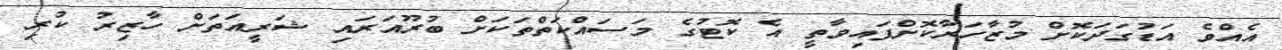
އެއްވެ އަޑުގަދަކޮށް މުޒާހަރާކޮށްފައިވާތީ އެ ކޮޓުގެ މަސައްކަތްތަކަށް ބުރޫއަރައި ޝަރީއަތަށް ހާޒިރު ކުރި